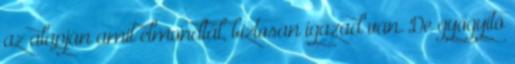
az alapján amit elmondtál, biztosan igazad van. De gyógyító